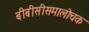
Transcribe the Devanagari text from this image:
बीबीसीसमालोचक